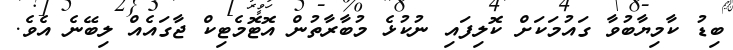
ބިޑު ކާމިޔާބުވާ ގައުމަކަށް ކޮލިފައި ނުކުޅެ މުބާރާތުން އޮޓޮމެޓިކް ޖާގައެއް ލިބޭނެ އެވެ.